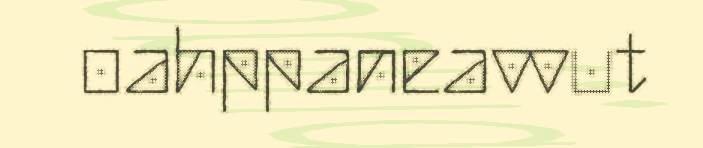
oahppaneavvut